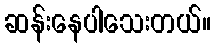
ဆန်းနေပါသေးတယ်။